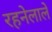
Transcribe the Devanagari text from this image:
रहनेलाले